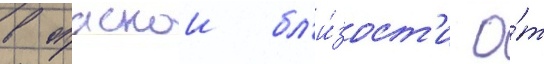
в опаснои бл'и́зост'и о́т